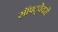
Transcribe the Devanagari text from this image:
सॉफ्ट्वेयरों